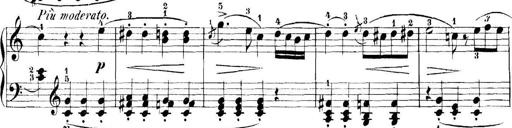
Title: 11 Sonatinas
Composer: Anton Diabelli